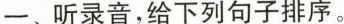
一、听录音,给下列句子排序。